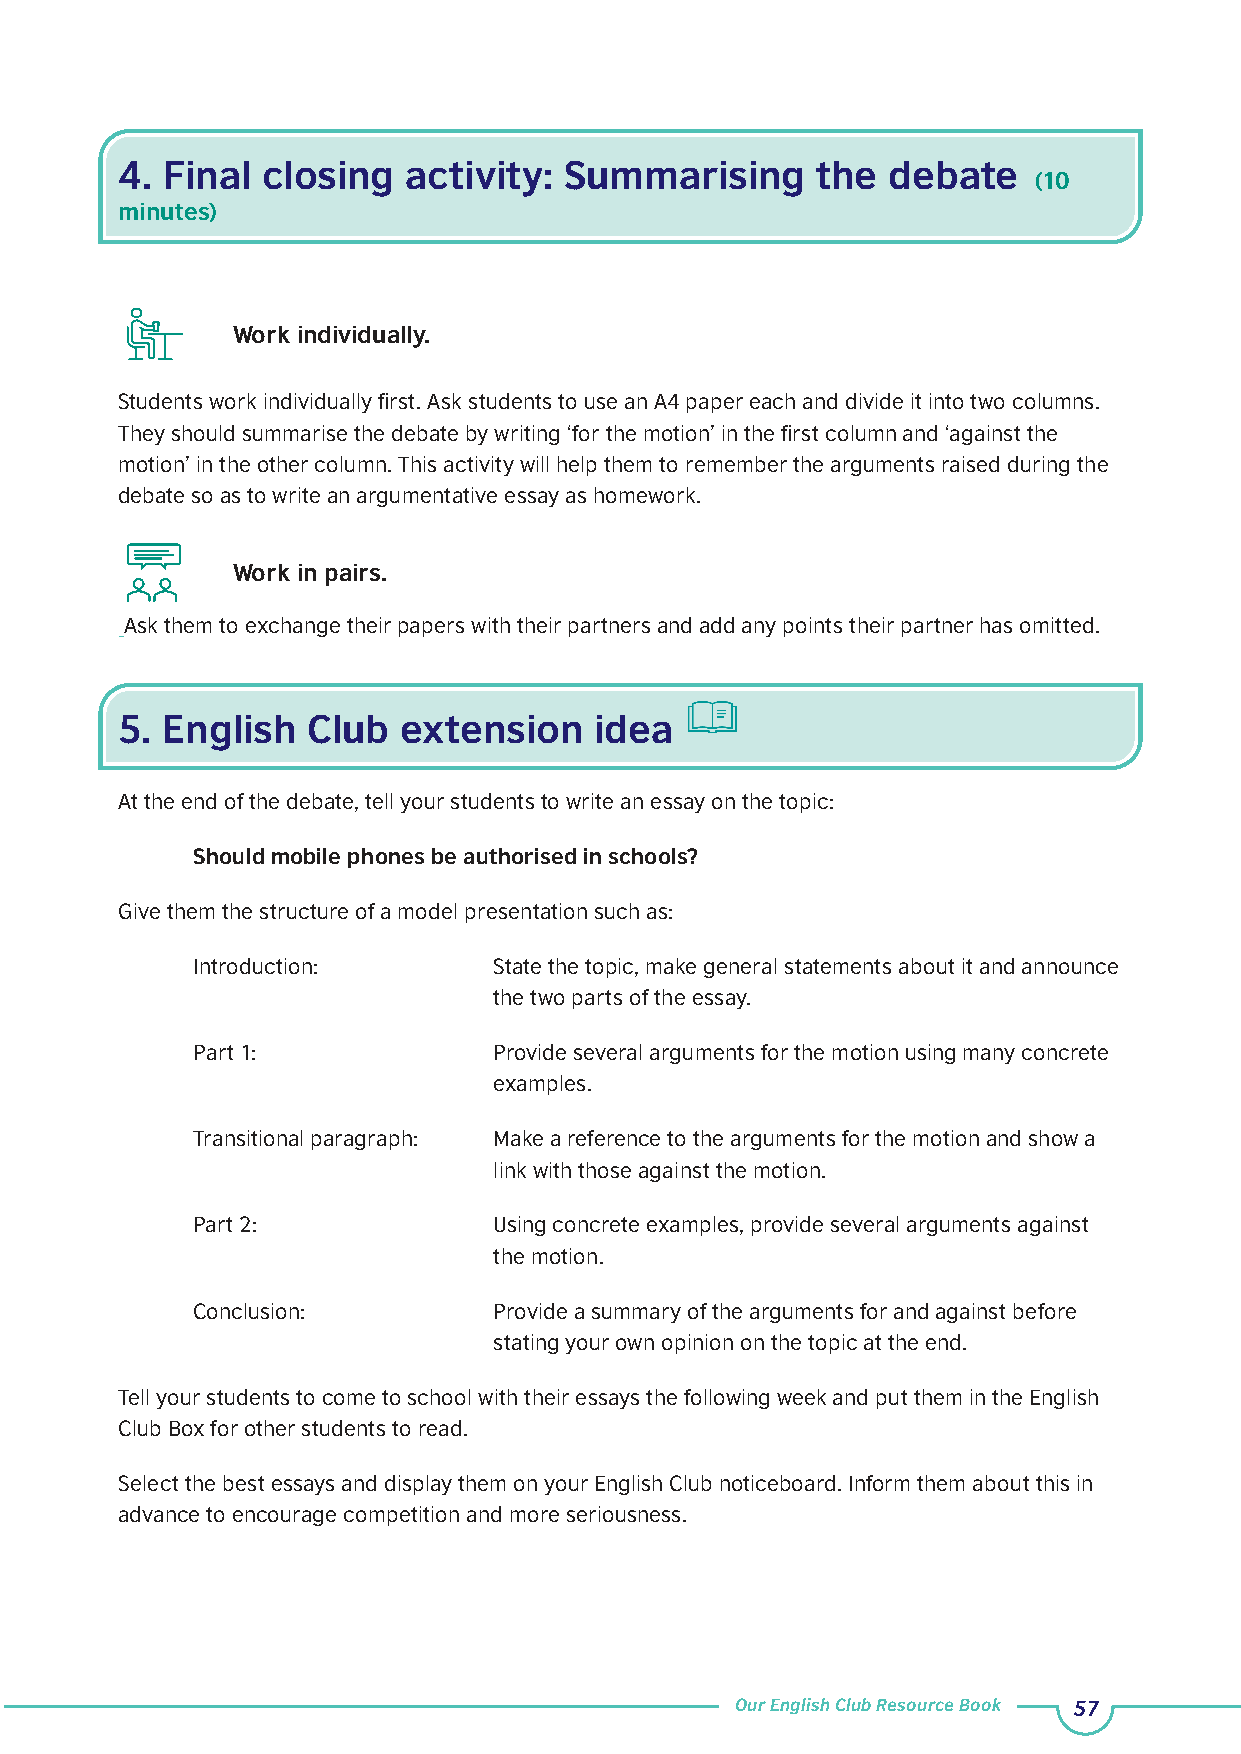
4. Final closing   activity: Summarising      the  debate
 (10
 minutes)
 Work individually.
 Students work individually first. Ask students to use an A4 paper each and divide it into two columns.
 They should summarise the debate by writing ‘for the motion’ in the first column and ‘against the
 motion’ in the other column. This activity will help them to remember the arguments raised during the
 debate so as to write an argumentative essay as homework.
 Work in pairs.
 Ask them to exchange their papers with their partners and add any points their partner has omitted.
 5. English  Club  extension    idea
 At the end of the debate, tell your students to write an essay on the topic:
 Should mobile phones be authorised in schools?
 Give them the structure of a model presentation such as:
 Introduction:       State the topic, make general statements about it and announce
 the two parts of the essay.
 Part 1:             Provide several arguments for the motion using many concrete
 examples.
 Transitional paragraph: Make a reference to the arguments for the motion and show a
 link with those against the motion.
 Part 2:             Using concrete examples, provide several arguments against
 the motion.
 Conclusion:         Provide a summary of the arguments for and against before
 stating your own opinion on the topic at the end.
 Tell your students to come to school with their essays the following week and put them in the English
 Club Box for other students to read.
 Select the best essays and display them on your English Club noticeboard. Inform them about this in
 advance to encourage competition and more seriousness.
 Our English Club Resource Book 57